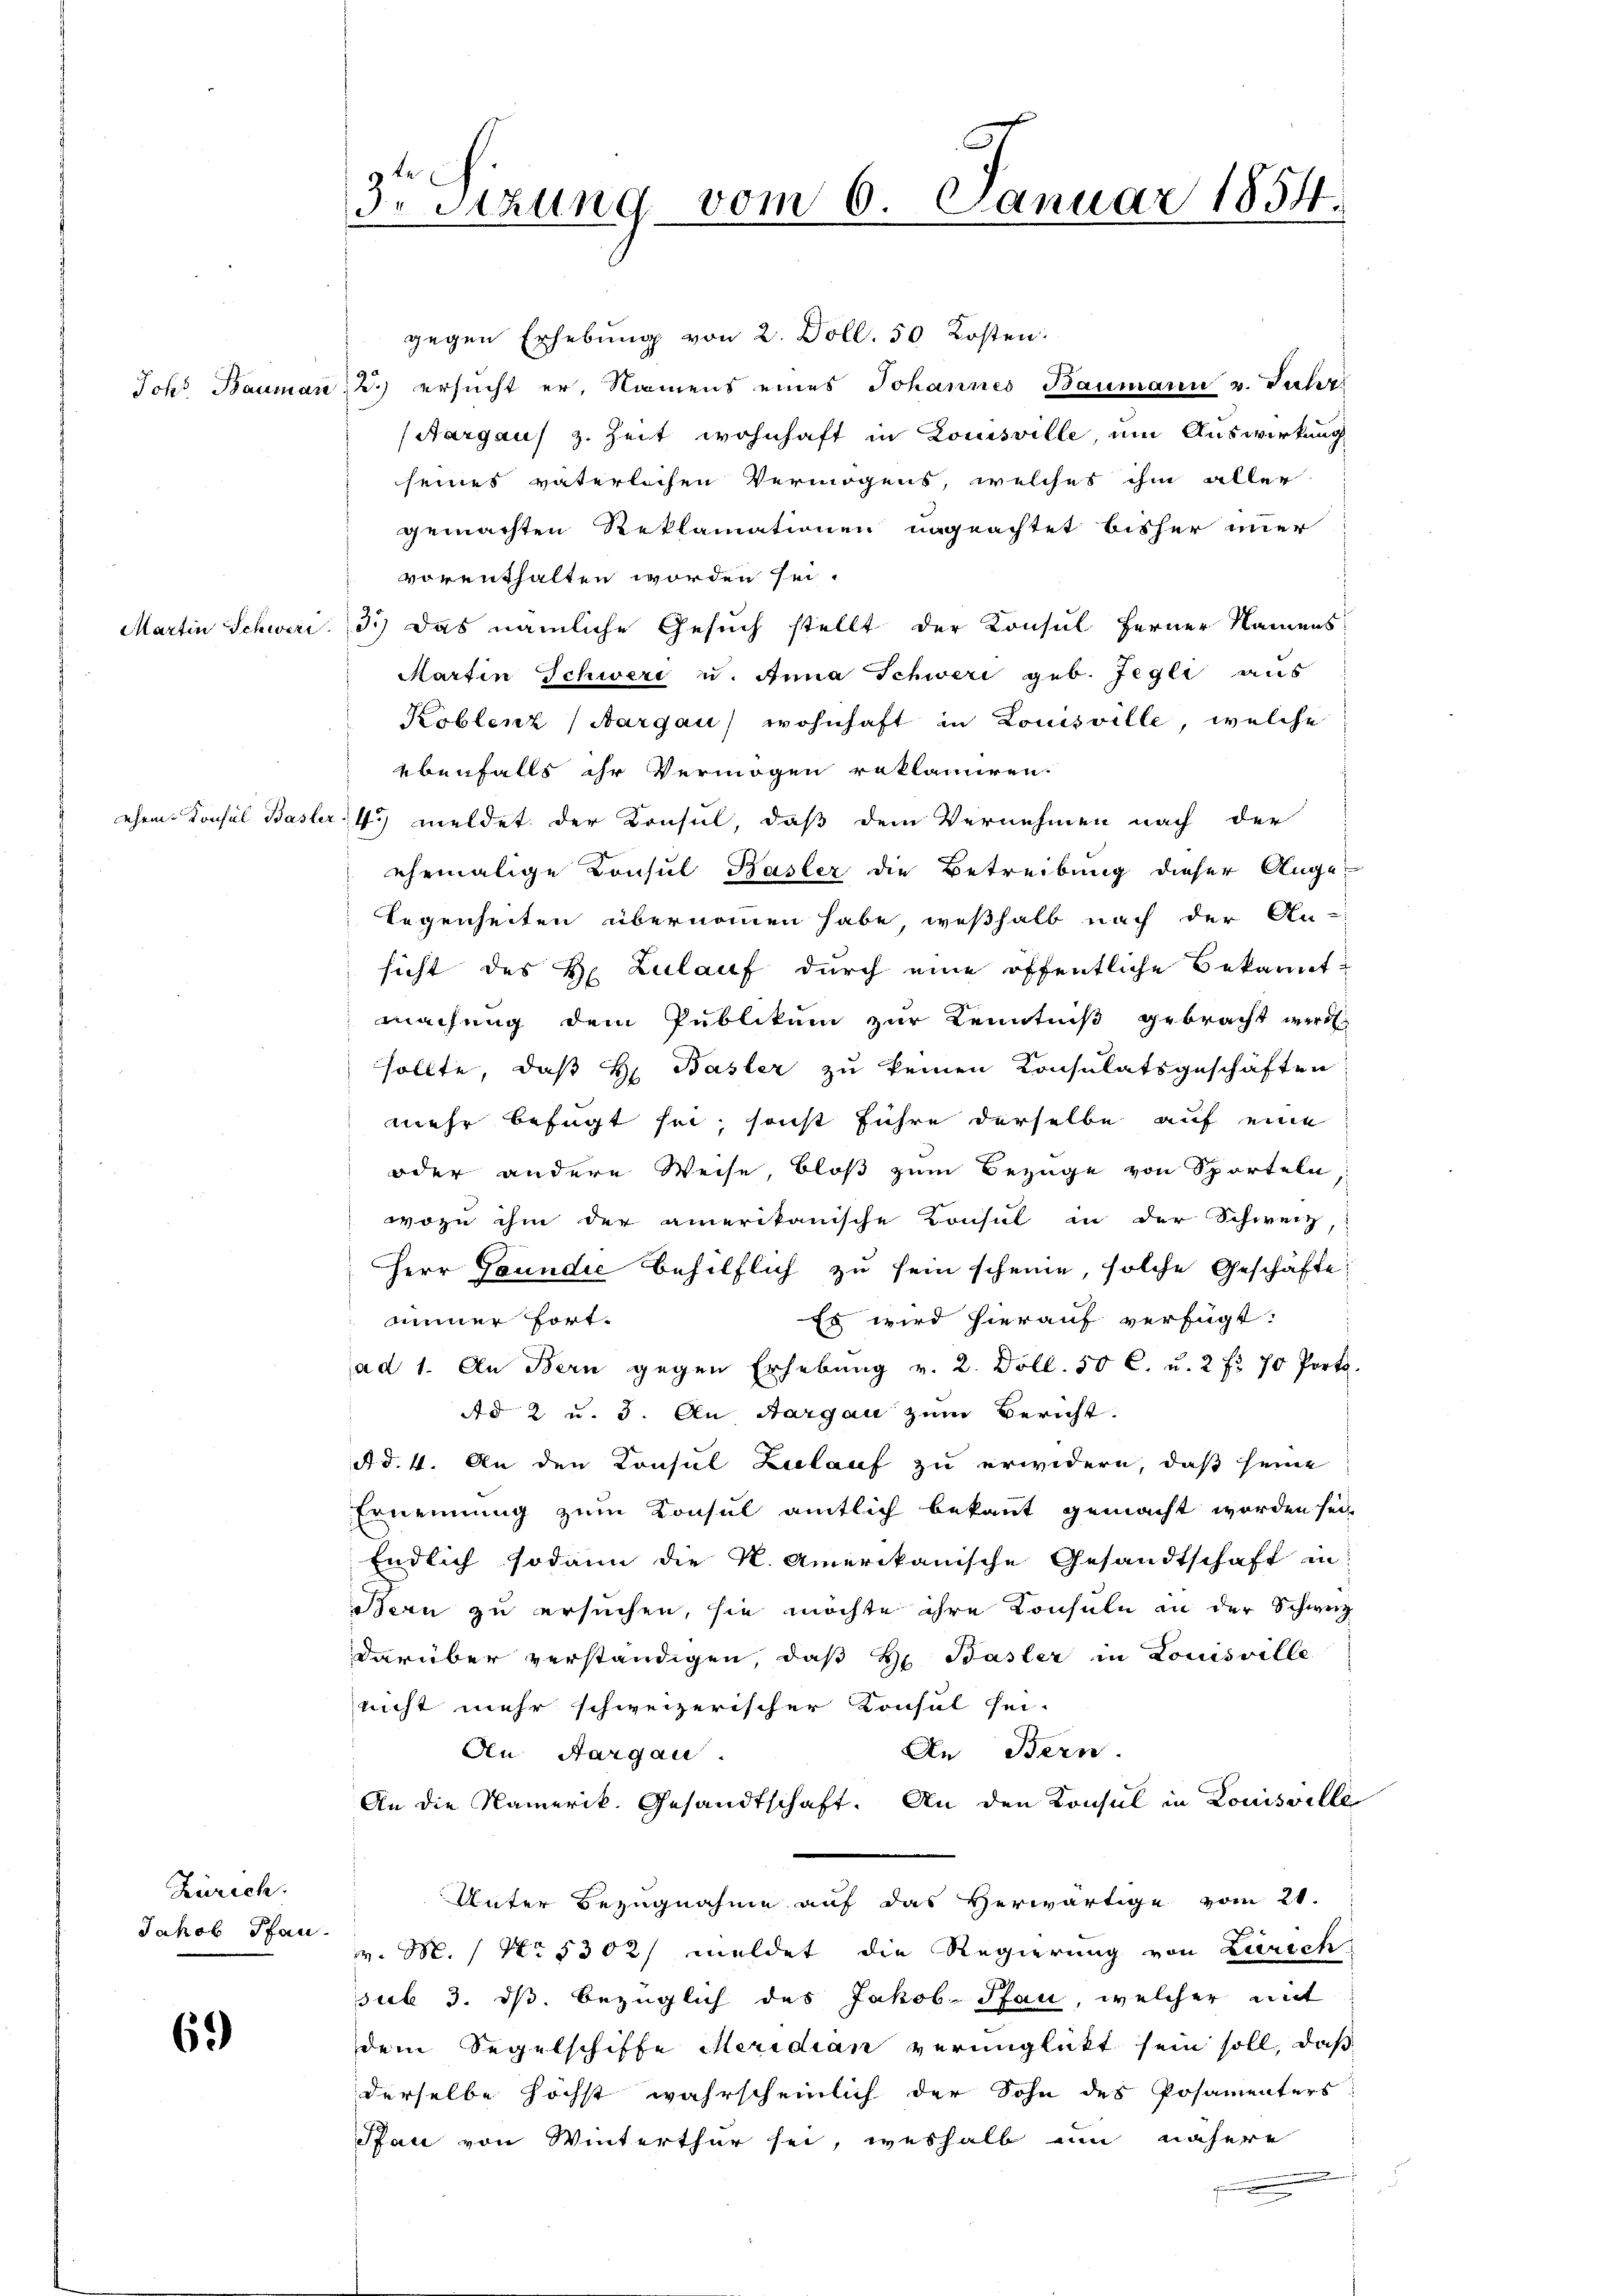
Johs. Bauman

Martin Schwari.

sehen Konsul Basler

Zürich.
Jakob Pfan

69)

3.Stzung vom 6. Januar 1854.

gegen Erhebung von 2. Doll. 50 Kosten.
2.) ersucht er, Namens eines Johannes Baumann u. Salisi
Aargaus z. Zeit wohnhaft in Louisville, um Auswirkung
seines väterlichen Vermögens, welches ihm aller
gemachten Reklamationen ungeachtet bisher imer
vorenthalten worden sei.
3.) Das nämliche Gesuch stellt der Konsul ferner Namens
Martin Schweri u. Anna Schweri geb. Jegli aus
Koblenz (Aargau) wohnhaft in Louisville, welche
ebenfalls ihr Vermögen reklamiren.
4) meldet der Konsul, daß dem Vernehmen nach der
ehemalige Konsul Basler die Betreibung dieser Ange-
Legenheiten übernommen habe, weßhalb nach der An-
sicht des H. Zulauf durch eine öffentliche Bekannt
machung dem Publikum zur Kenntniß gebracht werde
sollte, daß H. Basler zu keinen Konsulatsgeschäften
mehr befugt sei, sonst führe derselbe auf eine
oder andere Weise, bloß zum Bezüge von Sporteln,
wozu ihm der amerikanische Konsul in der Schweiz,
Herr Goundie behilflich zu sein scheine, solche Geschäfte
mminer Fort¬
Es wird hierauf verfügt:
ad 1. An Bern gegen Erhebŭng v. 2. Döll. 50 C. u. 2 fr. 70 Porta.
Ad 2 u. 3. An Aargau zum Bericht.
A d. 4. An den Konsul Zulauf zu erwidern, daß seine
Ernennung zum Konsul amtlich bekannt gemacht worden sei,
Endlich sodann die K. Amerikanische Gesandtschaft in
Bern zu ersuchen, sie möchte ihre Konsuln in der Schweiz
darüber verständigen, daß H. Basler in Louisville
nicht mehr schweizerischer Konsul sei-
An Bern.
An Aargau.
An die Kamerik. Gesandtschaft. An den Konsul in Louisville
Unter Bezugnahme auf das Herwärtige vom 21.
v. M. / No. 5302/ meldet die Regierung von Zürich
sub 3. ds. bezüglich des Jakob Pfau, welcher mit
dem Segelschiffe Meridian verunglückt sein soll, daß
derselbe höchst wahrscheinlich der Sohn des Posamenters
Pfau von Winterthur sei, weshalb ein nähere
¬
5